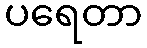
ပရေတာ